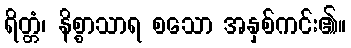
ရိတ္တံ၊ နိစ္စာသာရ စသော အနှစ်ကင်း၏။